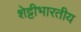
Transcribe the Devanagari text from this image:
शेट्टीभारतीय